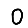
Digit: 0